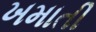
ખમાતી